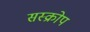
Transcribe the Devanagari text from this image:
सस्क्रोप